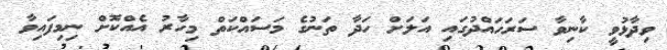
ވިދާޅުވީ ކާނިވާ ސަރަހައްދުގައި އަލަށް ހަދާ ތަނުގެ މަސައްކަތް މިހާރު އެއްކޮށް ނިމިފައިވާ